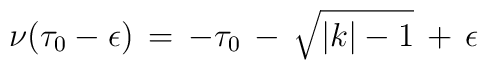
\nu(\tau_0-\epsilon)\,=\,-\tau_0\,-\,\sqrt{\vert k\vert-1}\,+\,\epsilon